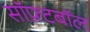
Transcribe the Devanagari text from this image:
सॉफ़्टबॉल